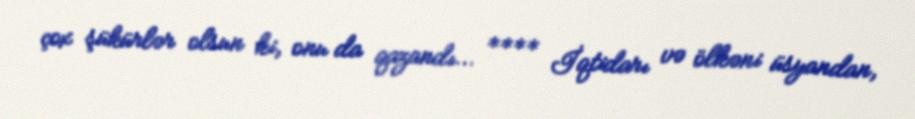
çox şükürlər olsun ki, onu da qazandı... **** İqtidarı və ölkəni üsyandan,